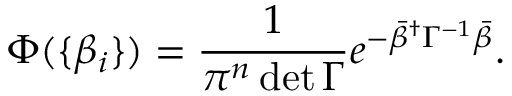
\Phi ( \{ \beta _ { i } \} ) = \frac { 1 } { \pi ^ { n } \operatorname* { d e t } \Gamma } e ^ { - \bar { \beta } ^ { \dagger } \Gamma ^ { - 1 } \bar { \beta } } .